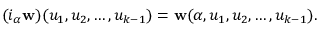
( i _ { \alpha } { \mathbf { w } } ) ( u _ { 1 } , u _ { 2 } , \ldots , u _ { k - 1 } ) = { \mathbf { w } } ( \alpha , u _ { 1 } , u _ { 2 } , \ldots , u _ { k - 1 } ) .